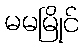
မမမြိုင်